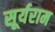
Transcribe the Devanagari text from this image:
सूर्यराम